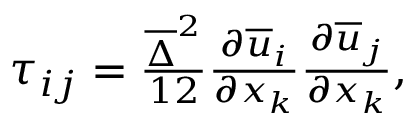
\begin{array} { r } { \tau _ { i j } = \frac { \overline { { \Delta } } ^ { 2 } } { 1 2 } \frac { \partial \overline { { u } } _ { i } } { \partial x _ { k } } \frac { \partial \overline { { u } } _ { j } } { \partial x _ { k } } , } \end{array}